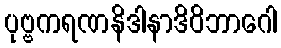
ပုဗ္ဗကရဏနိဒါနာဒိဝိဘာဂေါ